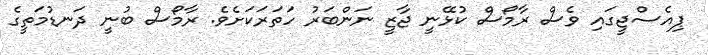
ޕިއެސްޖީގައި ވެސް ރާމޯސް ކުޅޭނީ ޖާޒީ ނަންބަރު ހަތަރަކަށެވެ. ރާމޯސް ބުނީ ދަނޑުމަތީގެ